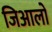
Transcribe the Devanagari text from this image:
जिआलो